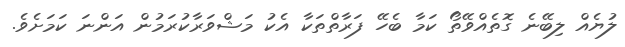
ލުޔެއް ލިބޭނެ ގޮތެއްވޭތޯ ކަމާ ބެހޭ ފަރާތްތަކާ އެކު މަޝްވަރާކުރަމުން އަންނަ ކަމަށެވެ.